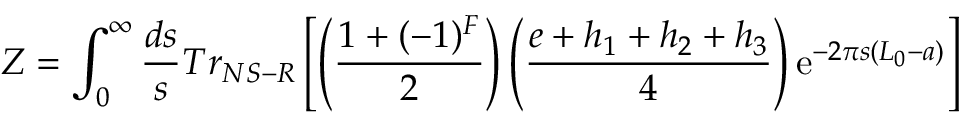
Z = \int _ { 0 } ^ { \infty } \frac { d s } { s } T r _ { N S - R } \left[ \left( \frac { 1 + ( - 1 ) ^ { F } } { 2 } \right) \left( \frac { e + h _ { 1 } + h _ { 2 } + h _ { 3 } } { 4 } \right) \mathrm { e } ^ { - 2 \pi s ( L _ { 0 } - a ) } \right]